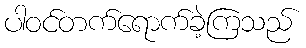
ပါဝင်တက်ရောက်ခဲ့ကြသည်